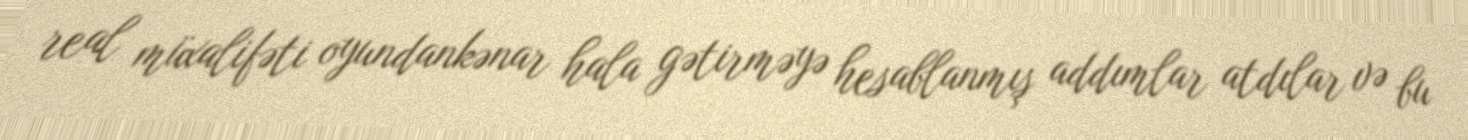
real müxalifəti oyundankənar hala gətirməyə hesablanmış addımlar atdılar və bu